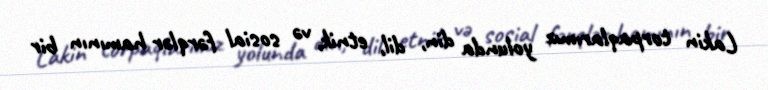
Lakin torpaqlarımız yolunda din, dil, etnik, və sosial fərqlər hamının bir